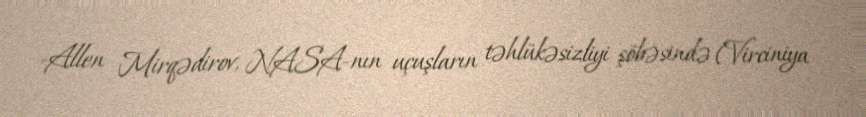
-Allen Mirqədirov, NASA-nın uçuşların təhlükəsizliyi şöbəsində (Virciniya